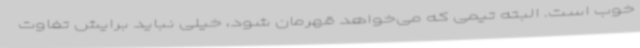
خوب است. البته تیمی که می‌خواهد قهرمان شود، خیلی نباید برایش تفاوت